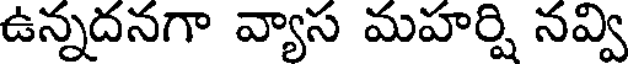
ఉన్నదనగా వ్యాస మహర్షి నవ్వి